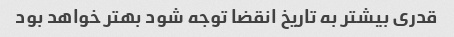
قدری بیشتر به تاریخ انقضا توجه شود بهتر خواهد بود